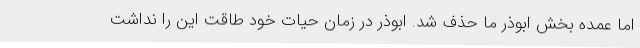
اما عمده بخش ابوذر ما حذف شد. ابوذر در زمان حیات خود طاقت این را نداشت